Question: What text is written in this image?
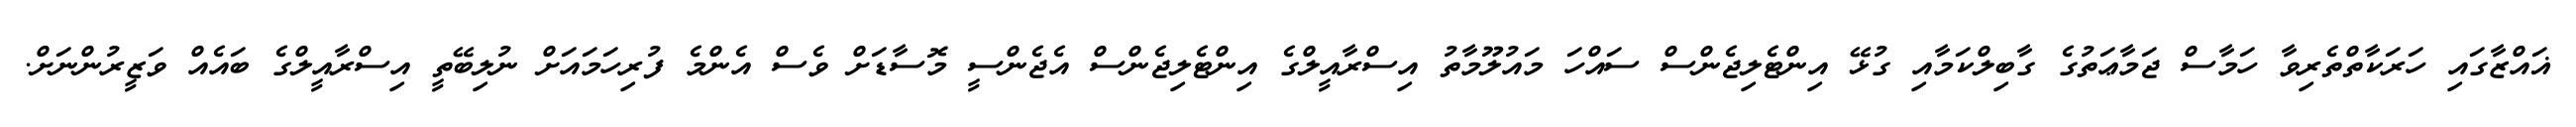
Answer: ޣައްޒާގައި ހަރަކާތްތެރިވާ ހަމާސް ޖަމާޢަތުގެ ގާބިލްކަމާއި ގުޅޭ އިންޓެލިޖެންސް ސައްހަ މައުލޫމާތު އިސްރާއީލްގެ އިންޓެލިޖެންސް އެޖެންސީ މޮސާޑަށް ވެސް އެންމެ ފުރިހަމައަށް ނުލިބޭތީ އިސްރާއީލްގެ ބައެއް ވަޒީރުންނަށް.